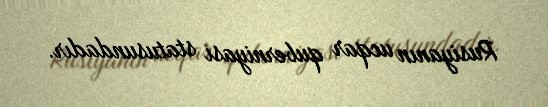
Rusiyanın ucqar quberniyası statusundadır.